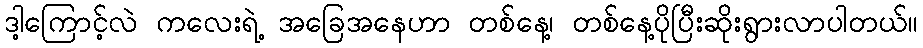
ဒါ့ကြောင့်လဲ ကလေးရဲ့ အခြေအနေဟာ တစ်နေ့၊ တစ်နေ့ပိုပြီးဆိုးရွားလာပါတယ်။